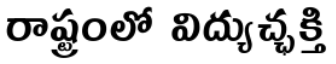
రాష్ట్రంలో విద్యుచ్ఛక్తి